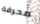
محرقة